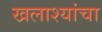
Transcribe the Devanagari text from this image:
खलाश्यांचा